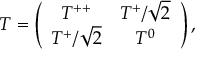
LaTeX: T = \left( \begin{array} { c c c } { { T ^ { + + } } } & { { T ^ { + } / \sqrt { 2 } } } \\ { { T ^ { + } / \sqrt { 2 } } } & { { T ^ { 0 } } } \end{array} \right) ,